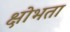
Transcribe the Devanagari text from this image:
क्षोभता